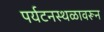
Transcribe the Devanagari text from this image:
पर्यटनस्थळावरून